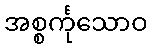
အစ္စင်္ကုသောဝ